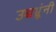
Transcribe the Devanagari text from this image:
उच्चभ्रूंनी